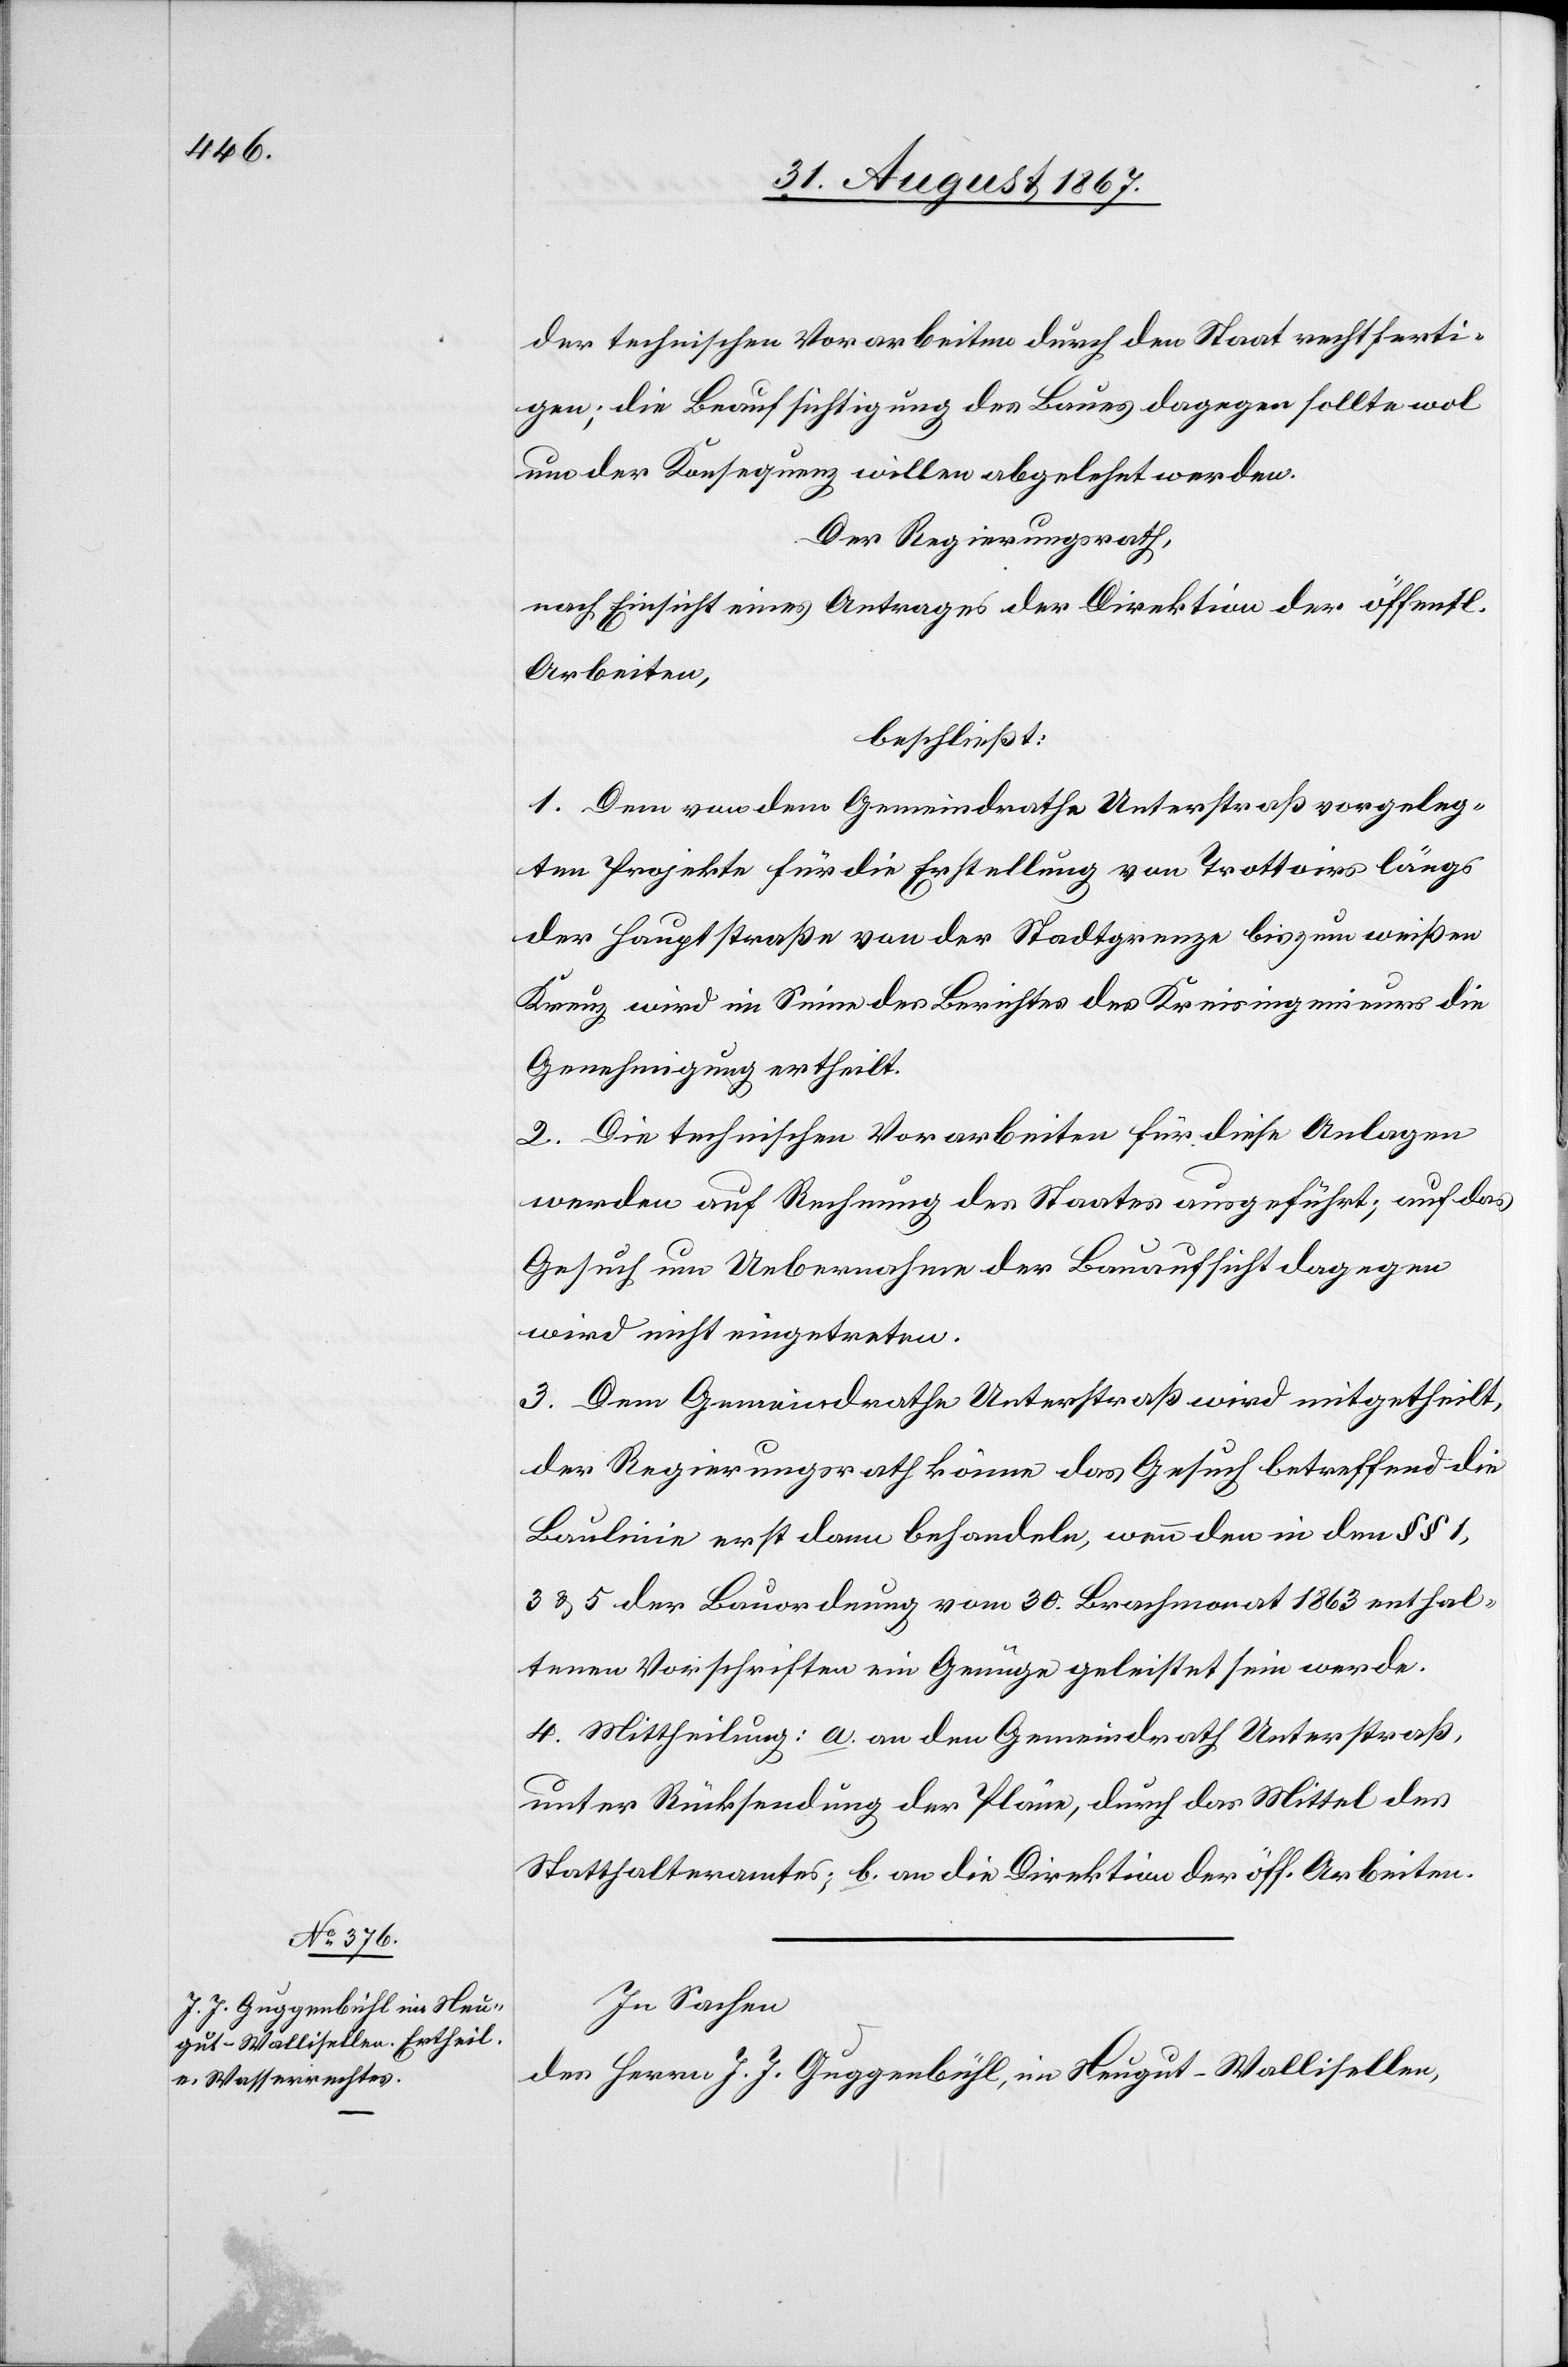
der technischen Vorarbeiten durch den Staat rechtferti¬
gen; die Beaufsichtigung des Baues dagegen sollte wol
um der Konsequenz willen abgelehnt werden.
Der Regierungsrath,
nach Einsicht eines Antrages der Direktion der öff.
Arbeiten,
beschließt:
1. Dem von dem Gemeindrathe Unterstraß vorgeleg¬
ten Projekte für die Erstellung von Trottoirs längs
der Hauptstraße von der Stadtgrenze bis zum weißen
Kreuz wird im Sinne des Berichtes des Kreisingenieurs die
Genehmigung ertheilt.
2. Die technischen Vorarbeiten für diese Anlagen
werden auf Rechnung des Staates ausgeführt; auf das
Gesuch um Uebernahme der Bauaufsicht dagegen
wird nicht eingetreten.
3. Dem Gemeindrathe Unterstraß wird mitgetheilt,
der Regierungsrath könne das Gesuch betreffend die
Baulinie erst dann behandeln, wenn den in den § § 1,
3 u. 5 der Bauordnung vom 30. Brachmonat 1863 enthal¬
tenen Vorschriften ein Genüge geleistet sein werde.
4. Mittheilung: a. an den Gemeindrath Unterstraß,
unter Rücksendung der Pläne, durch das Mittel des
Statthalteramtes; b. an die Direktion der öff. Arbeiten.
In Sachen
des Herren J. J. Guggenbühl, im Neugut-Wallisellen,